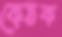
কেতক